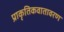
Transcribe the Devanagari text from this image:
प्राकृतिकवातावरण